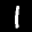
Label: 1